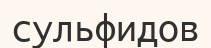
сульфидов